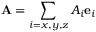
{ \bf A } = \sum _ { i = x , y , z } A _ { i } { \bf e } _ { i }